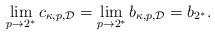
LaTeX: \begin{align*}\lim\limits_{p \to 2^*} c_{\kappa, p, \mathcal D} = \lim\limits_{p \to 2^*} b_{\kappa, p, \mathcal D} = b_{2^*}.\end{align*}